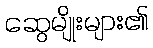
ဆွေမျိုးများ၏